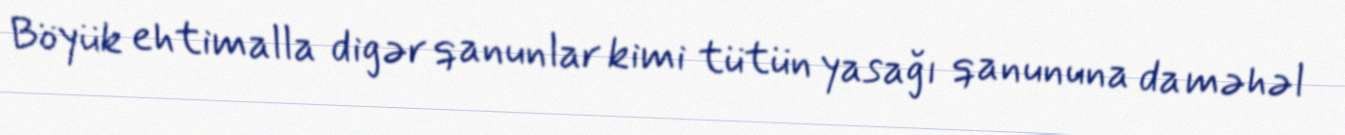
Böyük ehtimalla digər qanunlar kimi tütün yasağı qanununa da məhəl